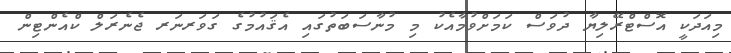
މިއަދަކީ އޮސްޓްރޭލިޔާ ދުވަސް ކަމަށްވުމާއެކު މި މުނާސަބަތުގައި އެޤައުމުގެ ގަވަރނަރ ޖެނެރަލް ކްއެންޓިން